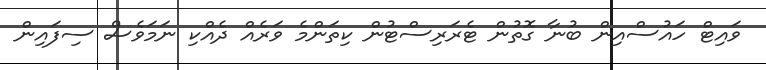
ވައިޓް ހައުސްއިން ބުނާ ގޮތުން ޓެރަރިސްޓުން ކިތަންމެ ވަރެއް ދެއްކި ނަމަވެސް ސިފައިން